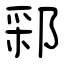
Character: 䣋